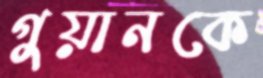
গুয়ানকে